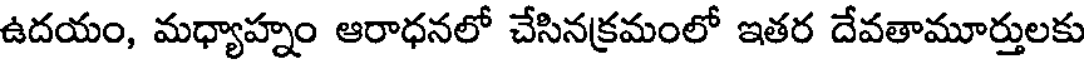
ఉదయం, మధ్యాహ్నం ఆరాధనలో చేసినక్రమంలో ఇతర దేవతామూర్తులకు